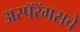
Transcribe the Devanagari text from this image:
अस्पॅरॅगसचे